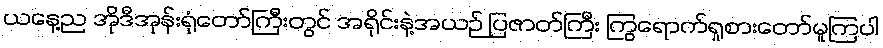
ယနေ့ည အိုဒီအုန်းရုံတော်ကြီးတွင် အရိုင်းနဲ့အယဉ် ပြဇာတ်ကြီး ကြွရောက်ရှုစားတော်မူကြပါ